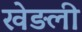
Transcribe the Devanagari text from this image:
खेड़ली